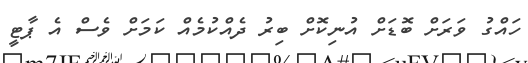
ހައްގު ވަރަށް ބޮޑަށް އުނިކޮށް ބިރު ދެއްކުމެއް ކަމަށް ވެސް އެ ޕާޓީ